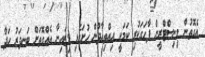
އެގޮތުން މިނިސްޓްރީން ފާހަގަކުރި ކަމަކީ އިއްތިހާދުން ހުށަހެޅި ޑިޒައިނާ އެއްގޮތަށް ބަނދަރު ހަދާ